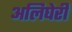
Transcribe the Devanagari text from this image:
अलिघेरी